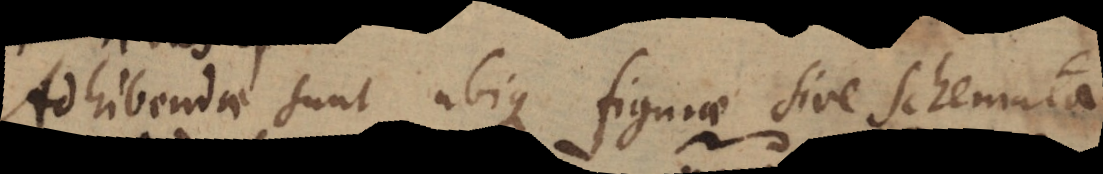
Adhibendae sunt ubique figurae sive schemata